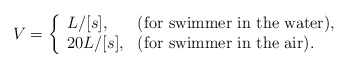
\begin{align*}V = \left\{ \begin{array}{ll}L / [s], &\mbox{(for swimmer in the water),} \\20 L / [s], &\mbox{(for swimmer in the air).}\end{array}\right.\end{align*}